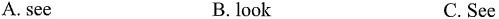
A.see B.look C.See